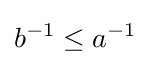
b^{-1}\leq a^{-1}